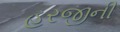
હરજીની